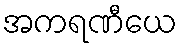
အကရဏီယေ